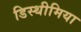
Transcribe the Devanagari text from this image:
डिस्थीमिया